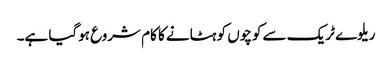
ریلوے ٹریک سے کوچوں کو ہٹانے کا کام شروع ہوگیا ہے۔